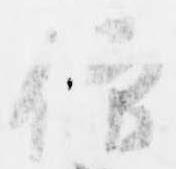
僧